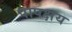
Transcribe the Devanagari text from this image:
पापक्षय